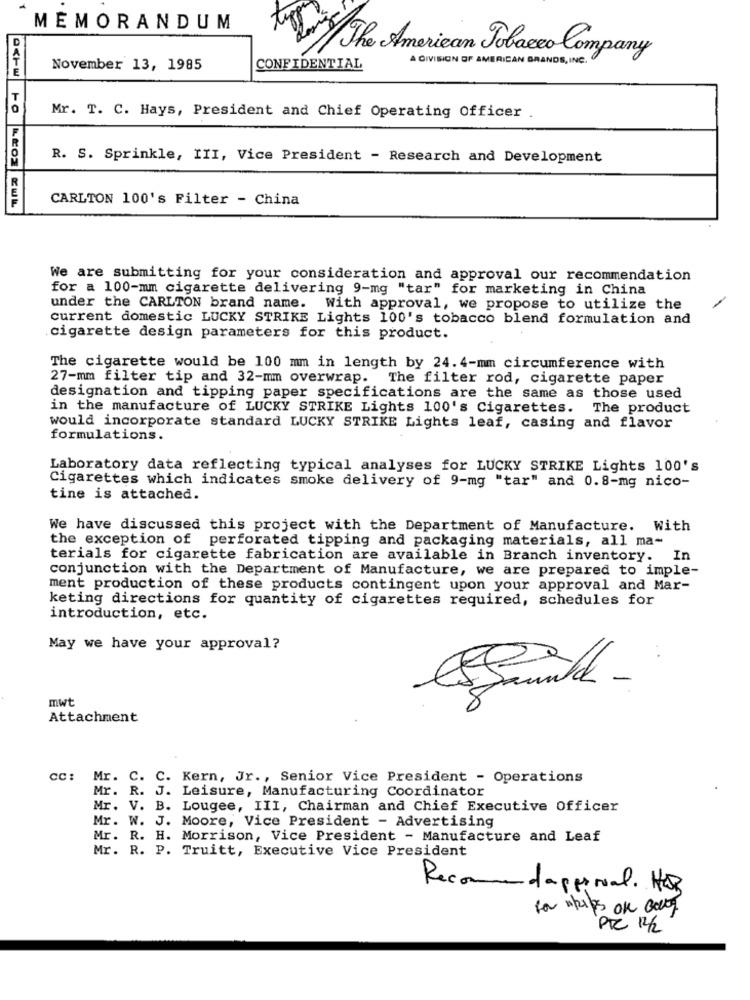
MEMORANDUM
The American Tobacco Company
A DIVISION OF AMERICAN BRANDS, INC.
November 13, 1985
CONFIDENTIAL
Mr. T. C. Hays, President and Chief Operating Officer .
R. S. Sprinkle, III, Vice President - Research and Development
CARLTON 100's Filter - China
We are submitting for your consideration and approval our recommendation
for a 100-mm cigarette delivering 9-mg "tar" for marketing in China
under the CARLTON brand name. With approval, we propose to utilize the
current domestic LUCKY STRIKE Lights 100's tobacco blend formulation and
cigarette design parameters for this product.
The cigarette would be 100 mm in length by 24. 4-mm circumference with
27-mm filter tip and 32-mm overwrap. The filter rod, cigarette paper
designation and tipping paper specifications are the same as those used
in the manufacture of LUCKY STRIKE Lights 100's Cigarettes.
The product
would incorporate standard LUCKY STRIKE Lights leaf, casing and flavor
formulations.
Laboratory data reflecting typical analyses for LUCKY STRIKE Lights 100's
Cigarettes which indicates smoke delivery of 9-mg "tar" and 0.8-mg nico-
tine is attached.
We have discussed this project with the Department of Manufacture. With
the exception of perforated tipping and packaging materials, all ma-
terials for cigarette fabrication are available in Branch inventory. In
conjunction with the Department of Manufacture, we are prepared to imple-
ment production of these products contingent upon your approval and Mar-
keting directions for quantity of cigarettes required, schedules for
introduction, etc.
May we have your approval?
mwt
Attachment
cc: Mr. C. C. Kern, Jr ., Senior Vice President - Operations
Mr. R. J. Leisure, Manufacturing Coordinator
Mr. V. B. Lougee, III, Chairman and Chief Executive Officer
Mr. W. J. Moore, Vice President - Advertising
Mr. R. H. Morrison, Vice President - Manufacture and Leaf
Mr. R. P. Truitt, Executive Vice President
Recommendappenal. HO3
for whips on con
PIC 12/2